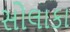
સોલાકા